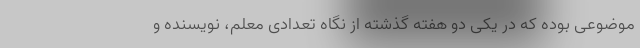
موضوعی بوده که در یکی دو هفته گذشته از نگاه تعدادی معلم، نویسنده و